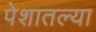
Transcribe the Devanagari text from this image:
पेशातल्या